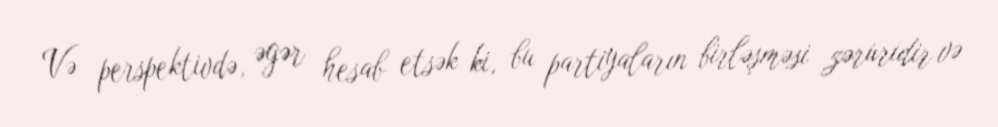
Və perspektivdə, əgər hesab etsək ki, bu partiyaların birləşməsi zəruridir və